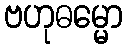
ဗဟုဓမ္မော